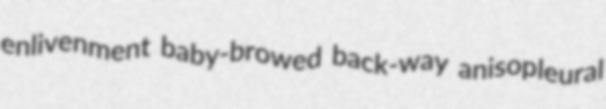
enlivenment baby-browed back-way anisopleural